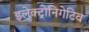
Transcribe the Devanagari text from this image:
इलेक्ट्रोनिगेटिव